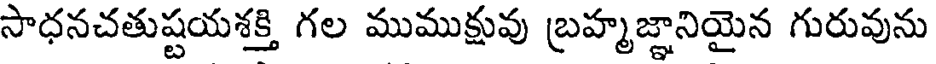
సాధనచతుష్టయశక్తి గల ముముక్షువు బ్రహ్మజ్ఞానియైన గురువును